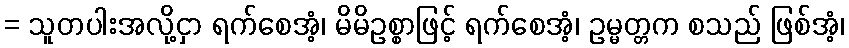
= သူတပါးအလို့ငှာ ရက်စေအံ့၊ မိမိဥစ္စာဖြင့် ရက်စေအံ့၊ ဥမ္မတ္တက စသည် ဖြစ်အံ့၊